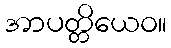
အာပတ္တိယေဝ။